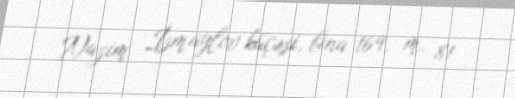
Nazim İsmaylov küçəsi, bina 169, m. 81